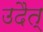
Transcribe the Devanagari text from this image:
उदैत्